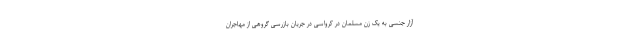
آزار جنسی به یک زن مسلمان در کرواسی در جریان بازرسی گروهی از مهاجران